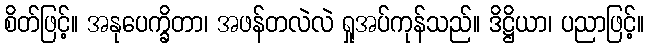
စိတ်ဖြင့်။ အနုပေက္ခိတာ၊ အဖန်တလဲလဲ ရှုအပ်ကုန်သည်။ ဒိဋ္ဌိယာ၊ ပညာဖြင့်။